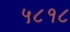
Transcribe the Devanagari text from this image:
५८१८